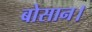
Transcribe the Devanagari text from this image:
बोसान।